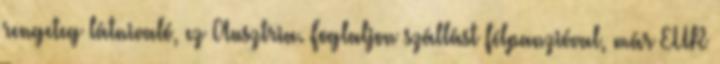
rengeteg látnivaló, ez Ausztria. Foglaljon szállást félpanzióval, már EUR